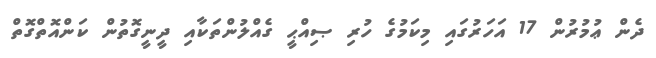
ދެން ޢުމުރުން 17 އަހަރުގައި މިކަމުގެ ހުރި ޞިއްޙީ ގެއްލުންތަކާއި ދީނީގޮތުން ކަންއޮތްގޮތް